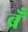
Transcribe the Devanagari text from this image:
ब्रँ